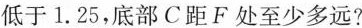
低于 1.25，底部C距F处至少多远?